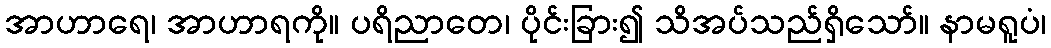
အာဟာရေ၊ အာဟာရကို။ ပရိညာတေ၊ ပိုင်းခြား၍ သိအပ်သည်ရှိသော်။ နာမရူပံ၊